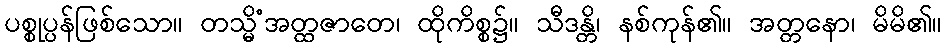
ပစ္စုပ္ပန်ဖြစ်သော။ တသ္မိံအတ္ထဇာတေ၊ ထိုကိစ္စ၌။ သီဒန္တိ၊ နစ်ကုန်၏။ အတ္တနော၊ မိမိ၏။